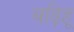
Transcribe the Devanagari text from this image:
बढ़िहू